Second report of the anti-malarial operations at Mian Mir, 1901-1903 - Number 9
Year: 1901
Disease focus: Malaria
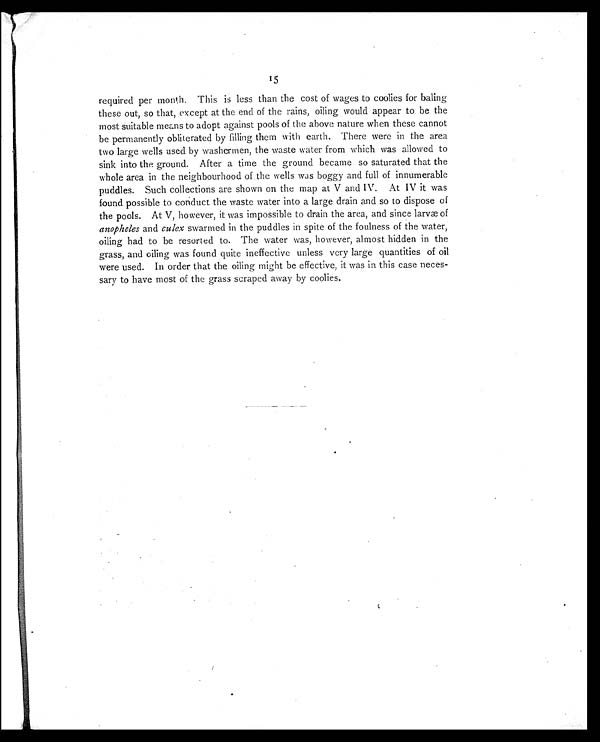
15
required per month. This is less than the cost of wages to coolies for baling
these out, so that, except at the end of the rains, oiling would appear to be the
most suitable means to adopt against pools of the above nature when these cannot
be permanently obliterated by filling them with earth. There were in the area
two large wells used by washermen, the waste water from which was allowed to
sink into the ground. After a time the ground became so saturated that the
whole area in the neighbourhood of the wells was boggy and full of innumerable
puddles. Such collections are shown on the map at V and IV. At IV it was
found possible to conduct the waste water into a large drain and so to dispose of
the pools. At V, however, it was impossible to drain the area, and since larvæ of
anopheles and culex swarmed in the puddles in spite of the foulness of the water,
oiling had to be resorted to. The water was, however, almost hidden in the
grass, and oiling was found quite ineffective unless very large quantities of oil
were used. In order that the oiling might be effective, it was in this case neces-
sary to have most of the grass scraped away by coolies.